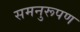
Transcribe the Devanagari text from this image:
समनुरूपण